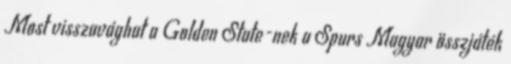
Most visszavághat a Golden State-nek a Spurs Magyar összjáték